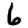
Digit: 6